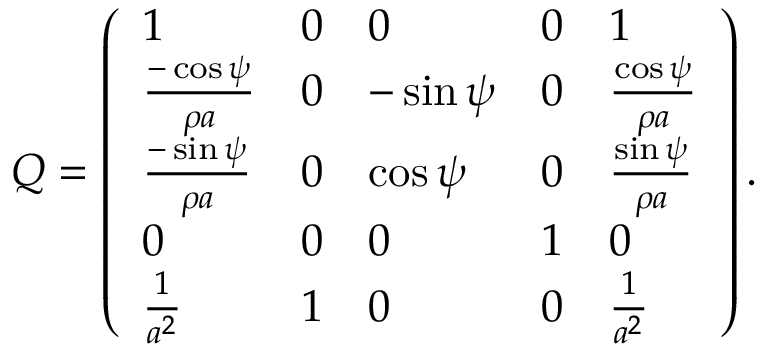
Q = \left( \begin{array} { l l l l l } { 1 } & { 0 } & { 0 } & { 0 } & { 1 } \\ { \frac { - \cos { \psi } } { \rho a } } & { 0 } & { - \sin { \psi } } & { 0 } & { \frac { \cos { \psi } } { \rho a } } \\ { \frac { - \sin { \psi } } { \rho a } } & { 0 } & { \cos { \psi } } & { 0 } & { \frac { \sin { \psi } } { \rho a } } \\ { 0 } & { 0 } & { 0 } & { 1 } & { 0 } \\ { \frac { 1 } { a ^ { 2 } } } & { 1 } & { 0 } & { 0 } & { \frac { 1 } { a ^ { 2 } } } \end{array} \right) .